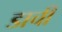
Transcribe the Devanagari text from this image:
डाची